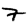
Digit: 7